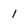
Character: 1